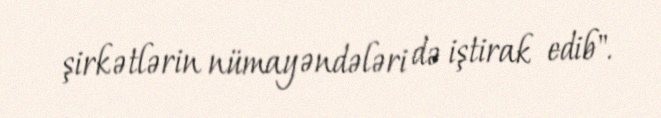
şirkətlərin nümayəndələri də iştirak edib".